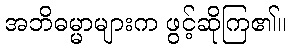
အဘိဓမ္မာများက ဖွင့်ဆိုကြ၏။